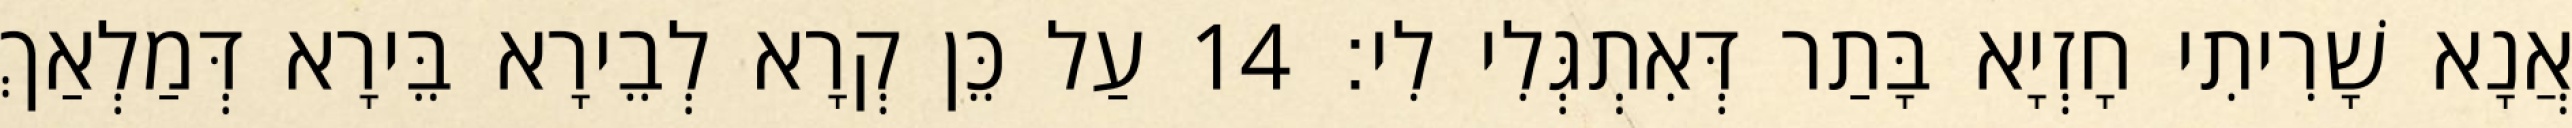
אֲנָא שָׁרִיתִי חָזְיָא בָּתַר דְּאִתְגְּלִי לִי׃ 14 עַל כֵּן קְרָא לְבֵירָא בֵּירָא דְּמַלְאַךְ